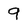
Character: 9